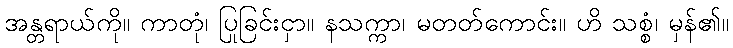
အန္တရာယ်ကို။ ကာတုံ၊ ပြုခြင်းငှာ။ နသက္ကာ၊ မတတ်ကောင်း။ ဟိ သစ္စံ၊ မှန်၏။